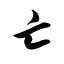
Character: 亡